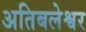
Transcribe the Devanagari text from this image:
अतिबलेश्वर